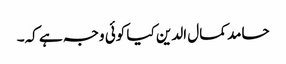
حامد کمال الدین کیا کوئی وجہ ہے کہ۔